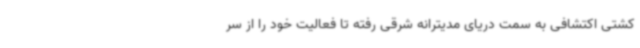
کشتی اکتشافی به سمت دریای مدیترانه شرقی رفته تا فعالیت خود را از سر